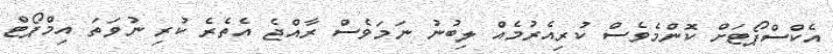
އެކްސްޕޯޓަށް ކޮންމެވެސް ކުރިއެރުމެއް ލިބުނު ނަމަވެސް ރާއްޖެ އެތެރެ ކުރި ނުވަތަ އިމްޕޯޓް